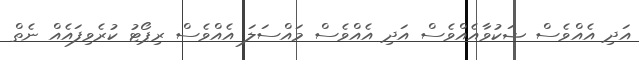
އަދި އެއްވެސް ޝަކުވާއެއްވެސް އަދި އެއްވެސް މައްސަލަ އެއްވެސް ރިޕޯޓު ކުރެވިފައެއް ނެތް